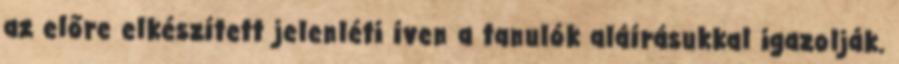
az előre elkészített jelenléti íven a tanulók aláírásukkal igazolják.